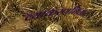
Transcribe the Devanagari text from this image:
व्याकरणविचार